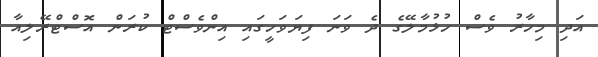
އަދި މިހާރު ވެސް ހުޅުމާލޭގެ ދެ ވަނަ ފިޔަވަހީގައި އިންވެސްޓް ކުރަން އޮސްޓްރޭލިއާ